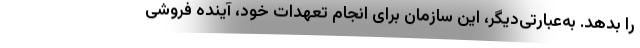
را بدهد. به‌عبارتی‌دیگر، این سازمان برای انجام تعهدات خود، آینده فروشی